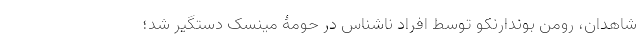
شاهدان، رومن بوندارنکو توسط افراد ناشناس در حومۀ مینسک دستگیر شد؛